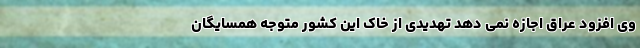
وی افزود عراق اجازه نمی دهد تهدیدی از خاک این کشور متوجه همسایگان